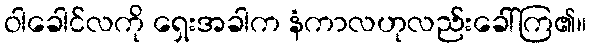
ဝါခေါင်လကို ရှေးအခါက နံကာလဟုလည်းခေါ်ကြ၏။